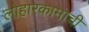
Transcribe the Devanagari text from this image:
लोहारकामाची